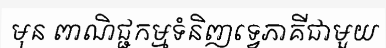
មុន ពាណិជ្ជកម្មទំនិញទ្វេភាគីជាមួយ